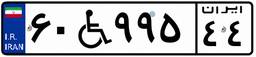
۶۸W۸۲۶۸۹